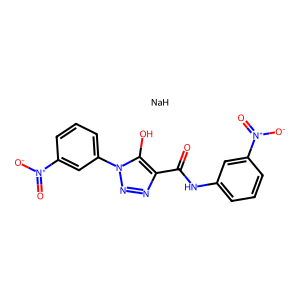
SMILES: O=C(Nc1cccc([N+](=O)[O-])c1)c1nnn(-c2cccc([N+](=O)[O-])c2)c1O.[NaH]
Inhibits HIV replication: No